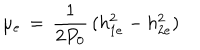
\mu _ { e } \, = \, { \frac { 1 } { 2 P _ { 0 } } } \, ( h _ { 1 e } ^ { 2 } - h _ { 2 e } ^ { 2 } ) \,